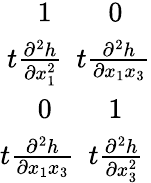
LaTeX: \begin{array}{r}{1\ \ \ \ \ \ \ \ 0\ \ \ \ }\\ {t\frac{\partial^{2}h}{\partial x_{1}^{2}}\ \ t\frac{\partial^{2}h}{\partial x_{1}x_{3}}}\\ {0\ \ \ \ \ \ \ \ 1\ \ \ \ }\\ {t\frac{\partial^{2}h}{\partial x_{1}x_{3}}\ \ t\frac{\partial^{2}h}{\partial x_{3}^{2}}\ }\end{array}